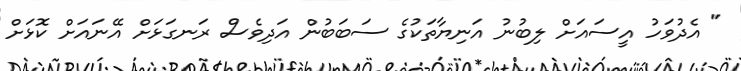
" އެދުވަހު އީސައަށް ލިބުނު އަނިޔާތަކުގެ ސަބަބުން އަދިވެސް ރަނގަޅަށް އޭނައަށް ކޮޅަށް